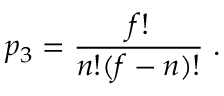
p _ { 3 } = { \frac { f ! } { n ! ( f - n ) ! } } \; .